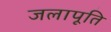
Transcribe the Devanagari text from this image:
जलापूति